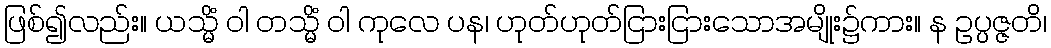
ဖြစ်၍လည်း။ ယသ္မိံ ဝါ တသ္မိံ ဝါ ကုလေ ပန၊ ဟုတ်ဟုတ်ငြားငြားသောအမျိုး၌ကား။ န ဥပ္ပဇ္ဇတိ၊